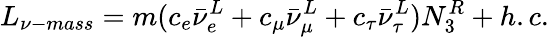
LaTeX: L_{\nu-mass}=m(c_{e}\bar{\nu}_{e}^{L}+c_{\mu}\bar{\nu}_{\mu}^{L}+c_{\tau}\bar{\nu}_{\tau}^{L})N_{3}^{R}+h.c.